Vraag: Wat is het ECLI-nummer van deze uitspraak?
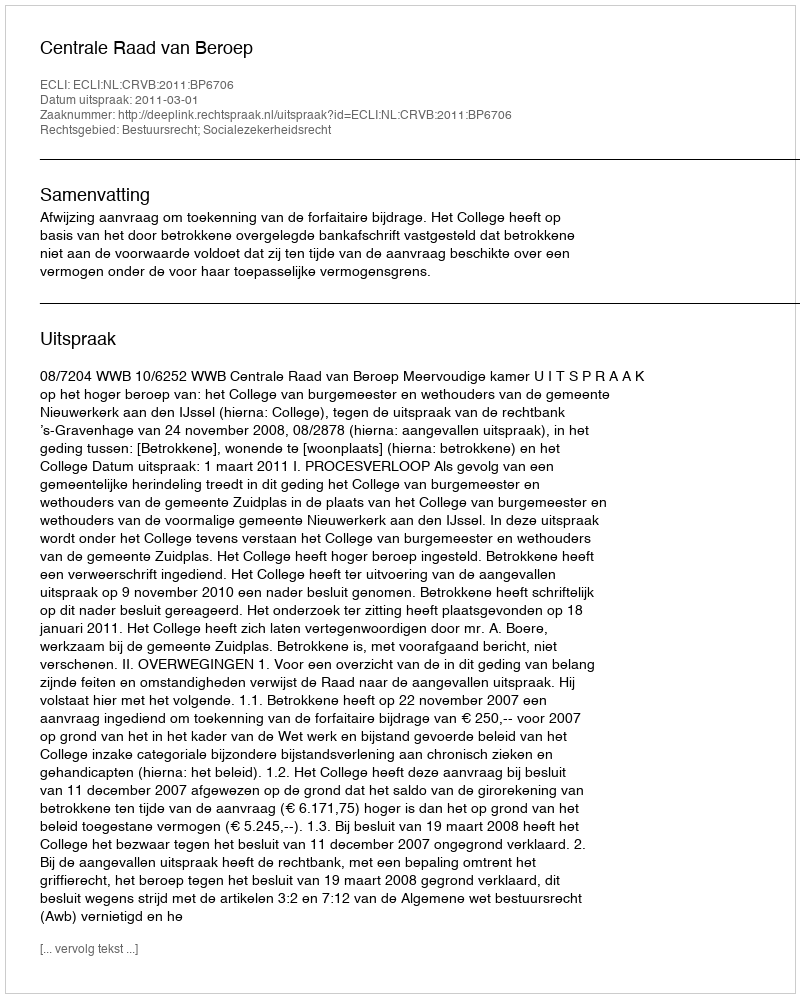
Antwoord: ECLI:NL:CRVB:2011:BP6706